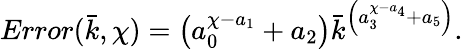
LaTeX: Error(\bar{k},\chi)=\left(a_{0}^{\chi-a_{1}}+a_{2}\right)\bar{k}^{\left(a_{3}^{\chi-a_{4}}+a_{5}\right)}.